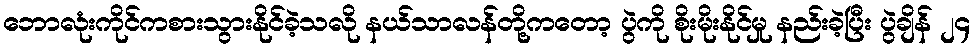
ဘောလုံးကိုင်ကစားသွားနိုင်ခဲ့သလို နယ်သာလန်တို့ကတော့ ပွဲကို စိုးမိုးနိုင်မှု နည်းခဲ့ပြီး ပွဲချိန် ၂၄